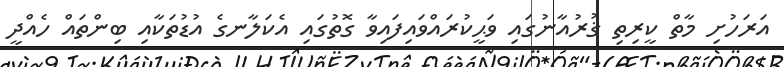
އަރަހުށި މާތް ކީރިތި ޤުރުއާނުގައި ވަޙީކުރައްވައިފައިވާ ގޮތުގައި އެކަލާނގެ އުޑުތަކާއި ބިންތައް ހެއްދީ